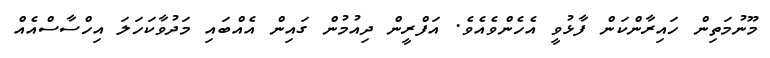
މޫނުމަތިން ހައިރާންކަން ފާޅުވީ އެހެންވެއެވެ. އަފްރީން ދިއުމުން ގައިން އެއްބައި މަދުވާކަހަލަ އިހްސާސްއެއް